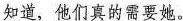
知道，他们真的需要她。